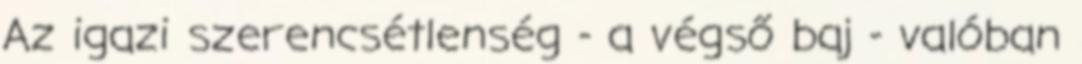
Az igazi szerencsétlenség - a végső baj - valóban